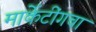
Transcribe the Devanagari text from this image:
मार्केटींगचा